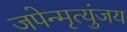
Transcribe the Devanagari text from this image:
जपेन्मृत्युंजय